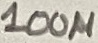
Text: 110µ